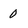
Character: 0